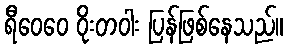
ရီဝေဝေ ဝိုးတဝါး ပြန်ဖြစ်နေသည်။